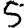
Digit: 5